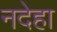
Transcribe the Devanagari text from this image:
नदेहा